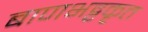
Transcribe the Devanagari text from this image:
बाणभट्टकृत